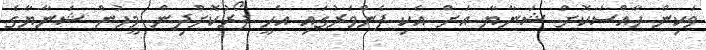
ވަކިން ހާއްސަކޮށް ޝަނާޔާ އަށް އެކި ފެންވަރުގައި އެހީ ފޯރުކޮށްދިން މީހުން ޝަނާޔާގެ